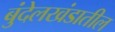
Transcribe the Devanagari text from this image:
बुंदेलखंडातील